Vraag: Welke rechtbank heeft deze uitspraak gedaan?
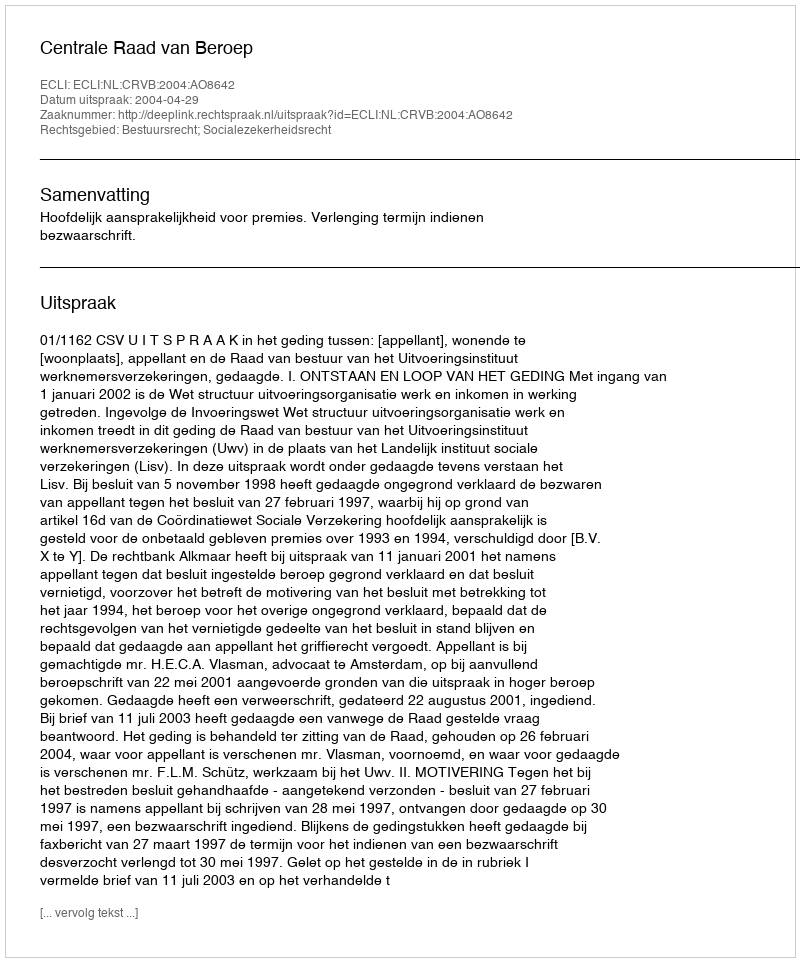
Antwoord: Centrale Raad van Beroep